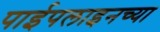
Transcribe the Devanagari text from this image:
पाईपलाइनच्या